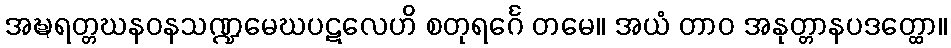
အဍ္ဎရတ္တဃနဝနသဏ္ဍမေဃပဋလေဟိ စတုရင်္ဂေ တမေ။ အယံ တာဝ အနုတ္တာနပဒတ္ထော။